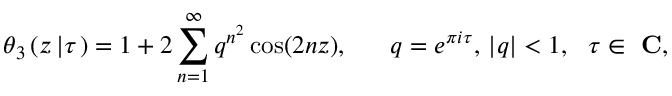
\theta _ { 3 } \left( z \left| \tau \right. \right) = 1 + 2 \sum _ { n = 1 } ^ { \infty } q ^ { n ^ { 2 } } \cos ( 2 n z ) , \ \ \ \ \ q = e ^ { \pi i \tau } , \, | q | < 1 , \ \ \tau \in \mathrm { \bf ~ C } ,